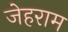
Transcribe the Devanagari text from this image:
जेहराम